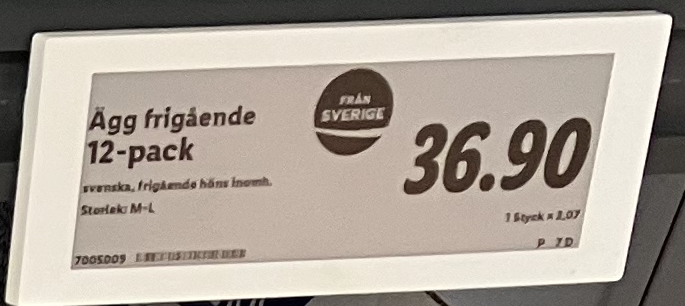
Vara: Ägg frigående 12-pack
Genomsnittspris: 2.07 per st